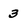
Character: 3